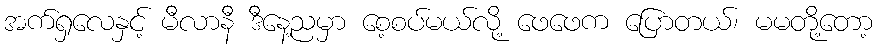
အက်ရှလေနှင့် မီလာနီ ဒီနေ့ညမှာ စေ့စပ်မယ်လို့ ဖေဖေက ပြောတယ်၊ မမတို့တော့